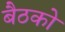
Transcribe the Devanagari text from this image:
बैठको